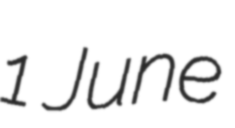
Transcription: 1 June